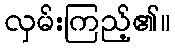
လှမ်းကြည့်၏။